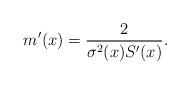
LaTeX: \begin{align*}m'(x)=\frac{2}{\sigma^2(x)S'(x)}.\end{align*}